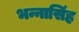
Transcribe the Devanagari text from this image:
भन्नासिंह